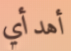
أهدأي